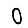
Digit: 0